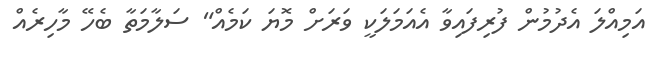
އަމިއްލަ އެދުމުން ފުރިފައިވާ އެއަމަލަކީ ވަރަށް މޮޔަ ކަމެއް" ސަލާމަތާ ބެހޭ މާހިރެއް